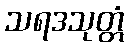
သရဒသုတ္တံ